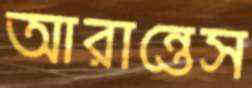
আরান্তেস